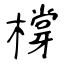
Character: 橕